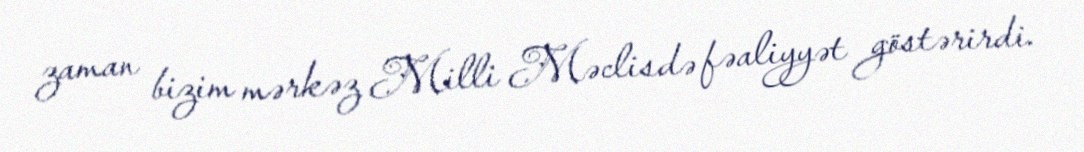
zaman bizim mərkəz Milli Məclisdə fəaliyyət göstərirdi.